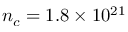
n _ { c } = 1 . 8 \times 1 0 ^ { 2 1 }